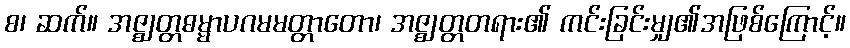
စ၊ ဆက်။ အဇ္ဈတ္တဓမ္မာပဂမမတ္တာတော၊ အဇ္ဈတ္တတရား၏ ကင်းခြင်းမျှ၏အဖြစ်ကြောင့်။